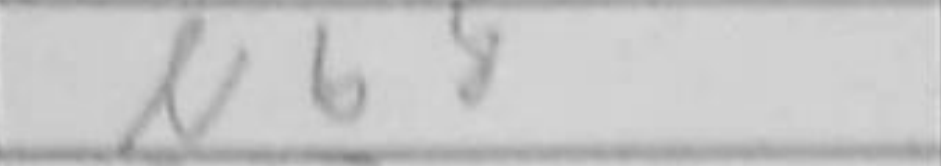
Transcription: Nb8